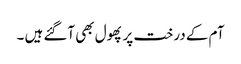
آم کے درخت پر پھول بھی آگئے ہیں ۔